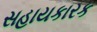
સહાયકારક